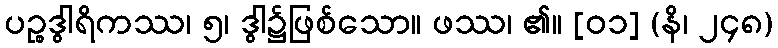
ပဉ္စဒွါရိကဿ၊ ၅၊ ဒွါ၌ဖြစ်သော။ ဖဿ၊ ၏။ [၀၁] (နိ၊ ၂၄၈)